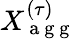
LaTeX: X_{\mathrm{~a~g~g~}}^{(\tau)}